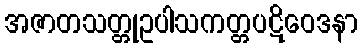
အဇာတသတ္တုဥပါသကတ္တပဋိဝေဒနာ